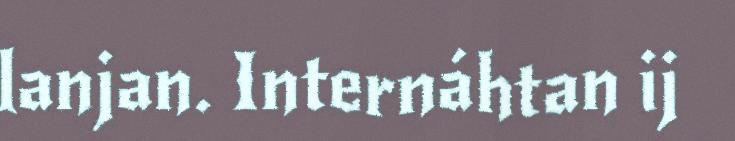
lanjan. Internáhtan ij